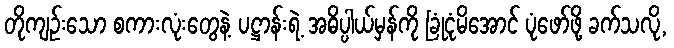
တိုကျဉ်းသော စကားလုံးတွေနဲ့ ပဋ္ဌာန်းရဲ့ အဓိပ္ပါယ်မှန်ကို ခြုံငုံမိအောင် ပုံဖော်ဖို့ ခက်သလို,